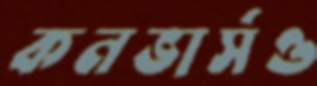
কনভার্সও